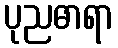
ပုညဓာရာ